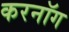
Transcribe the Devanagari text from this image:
करनॉग